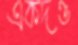
একদণ্ড